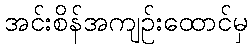
အင်းစိန်အကျဉ်းထောင်မှ